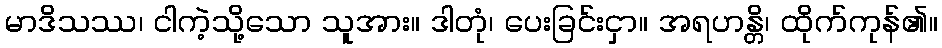
မာဒိသဿ၊ ငါကဲ့သို့သော သူအား။ ဒါတုံ၊ ပေးခြင်းငှာ။ အရဟန္တိ၊ ထိုက်ကုန်၏။